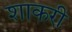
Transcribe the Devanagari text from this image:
शाकरी